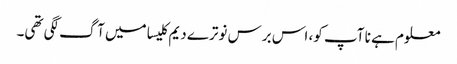
معلوم ہے نا آپ کو، اس برس نوترے دیم کلیسا میں آگ لگی تھی۔